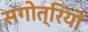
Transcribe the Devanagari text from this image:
सगोत्रियों